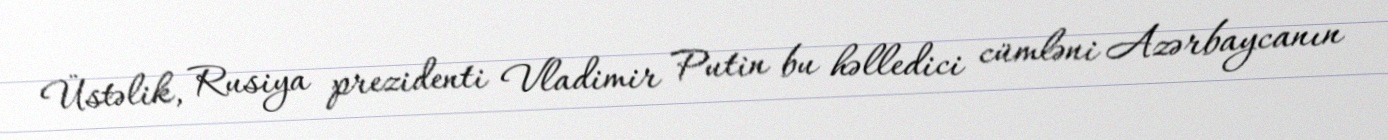
Üstəlik, Rusiya prezidenti Vladimir Putin bu həlledici cümləni Azərbaycanın